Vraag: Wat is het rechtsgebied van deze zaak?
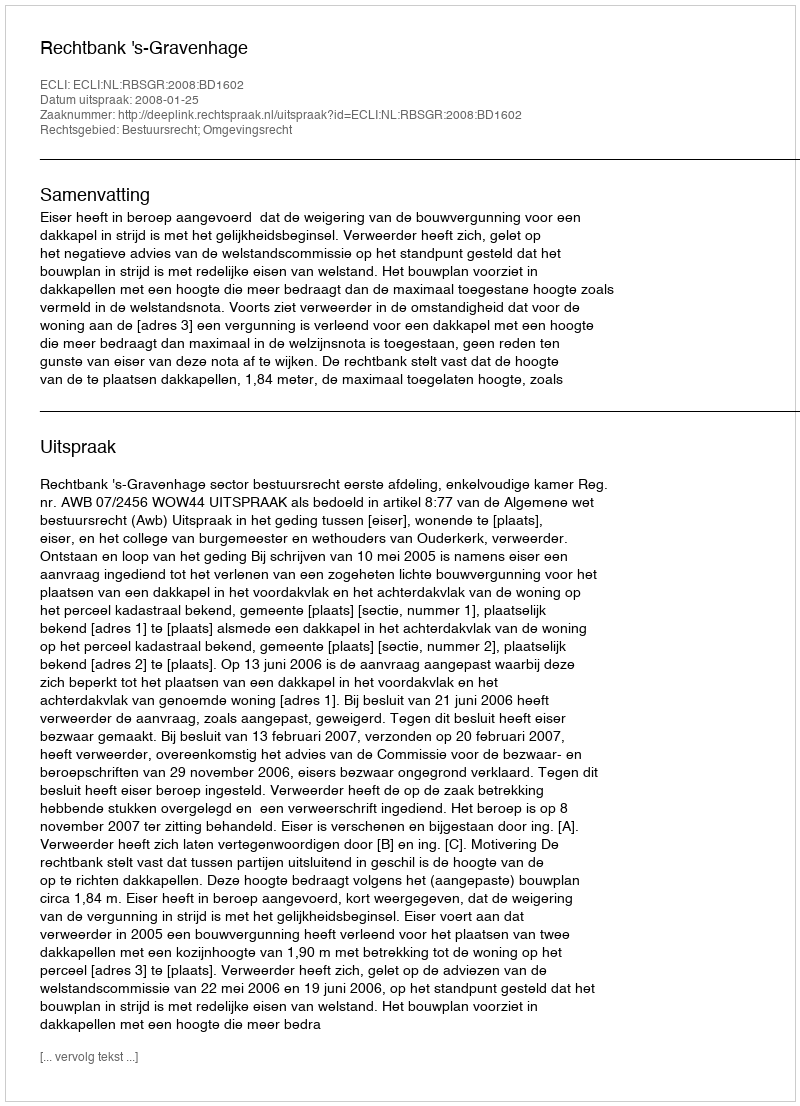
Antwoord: Bestuursrecht; Omgevingsrecht